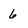
Character: 6